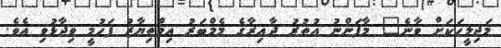
މަޖިލީހަކަށް ވާނެ" މާފަންނު އުތުރު ދާއިރާގެ މެމްބަރު އިމްތިޔާޒު ފަހުމީ ވިދާޅުވި އެވެ.